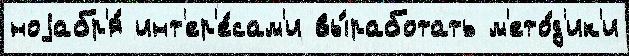
ноjабр'я́ инт'ер'е́сам'и вы́работать м'ето́д'ик'и